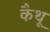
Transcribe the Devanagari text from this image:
कैथू